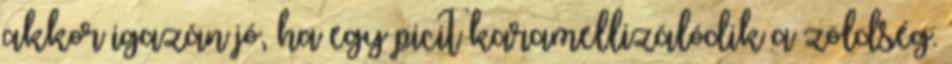
akkor igazán jó, ha egy picit karamellizálódik a zöldség.